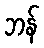
ဘန်